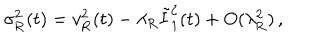
LaTeX: \sigma _ { \mathrm { R } } ^ { 2 } ( t ) = v _ { \mathrm { R } } ^ { 2 } ( t ) - \lambda _ { \mathrm { R } } \tilde { I } _ { 1 } ^ { \zeta } ( t ) + O ( \lambda _ { \mathrm { R } } ^ { 2 } ) \, ,